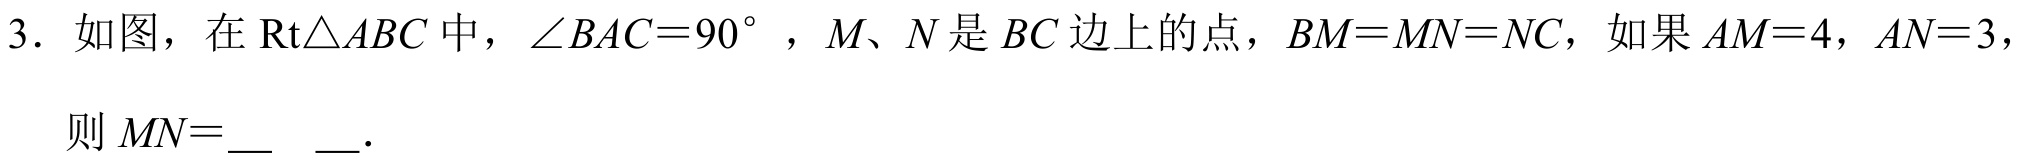
3. 如图，在\(\text{Rt}\triangle ABC\)中，\(\angle BAC = 90^{\circ}\)，\(M、N\)是\(BC\)边上的点，\(BM = MN = NC\)，如果\(AM = 4\)，\(AN = 3\)，则\(MN=\underline{\quad\quad}\).